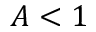
A < 1